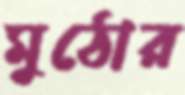
মুঠোর